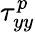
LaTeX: \tau_{yy}^{p}